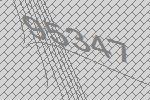
95347